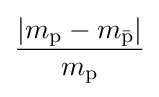
{\frac {|m_{\rm {p}}-m_{\bar {\rm {p}}}|}{m_{\rm {p}}}}